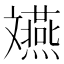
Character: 𫿲